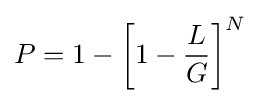
P=1-\left[1-{\frac {L}{G}}\right]^{N}